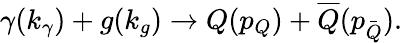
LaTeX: \gamma(k_{\gamma})+g(k_{g})\rightarrow Q(p_{Q})+\overline{{{Q}}}(p_{\stackrel{\_ }{Q}}).